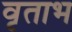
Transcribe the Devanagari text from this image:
वृताभ